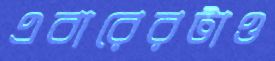
এবারেরটাও